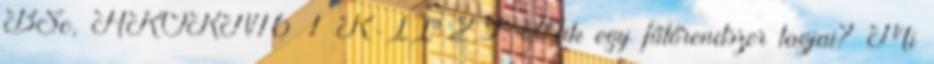
BSc, AKORN16 1 K-II-2.9. Mik egy fűtőrendszer tagjai? Mi